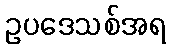
ဥပဒေသစ်အရ